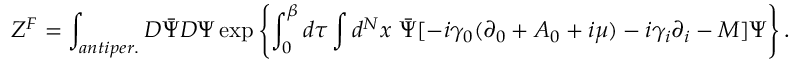
{ \cal Z } ^ { F } = \int _ { a n t i p e r . } D \bar { \Psi } D \Psi \exp \left\{ \int _ { 0 } ^ { \beta } d \tau \int d ^ { N } x \ \bar { \Psi } [ - i \gamma _ { 0 } ( \partial _ { 0 } + A _ { 0 } + i \mu ) - i \gamma _ { i } \partial _ { i } - M ] \Psi \right\} .